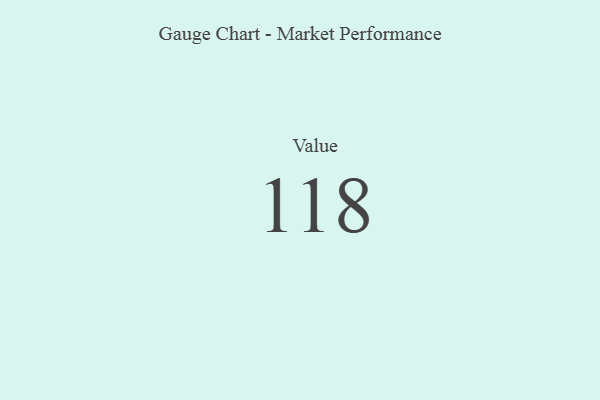
{"axis": {"x": "Metric", "y": "Value"}, "legend": [""], "data": [{"x": "Value", "y": 118, "type": ""}]}